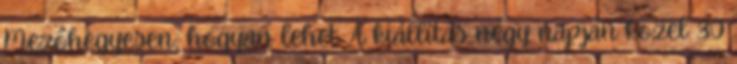
Mezőhegyesen; hogyan lehet. A kiállítás négy napján közel 30